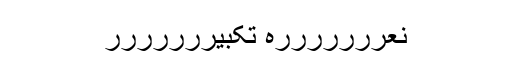
نعرررررررۂ تکبیررررررر